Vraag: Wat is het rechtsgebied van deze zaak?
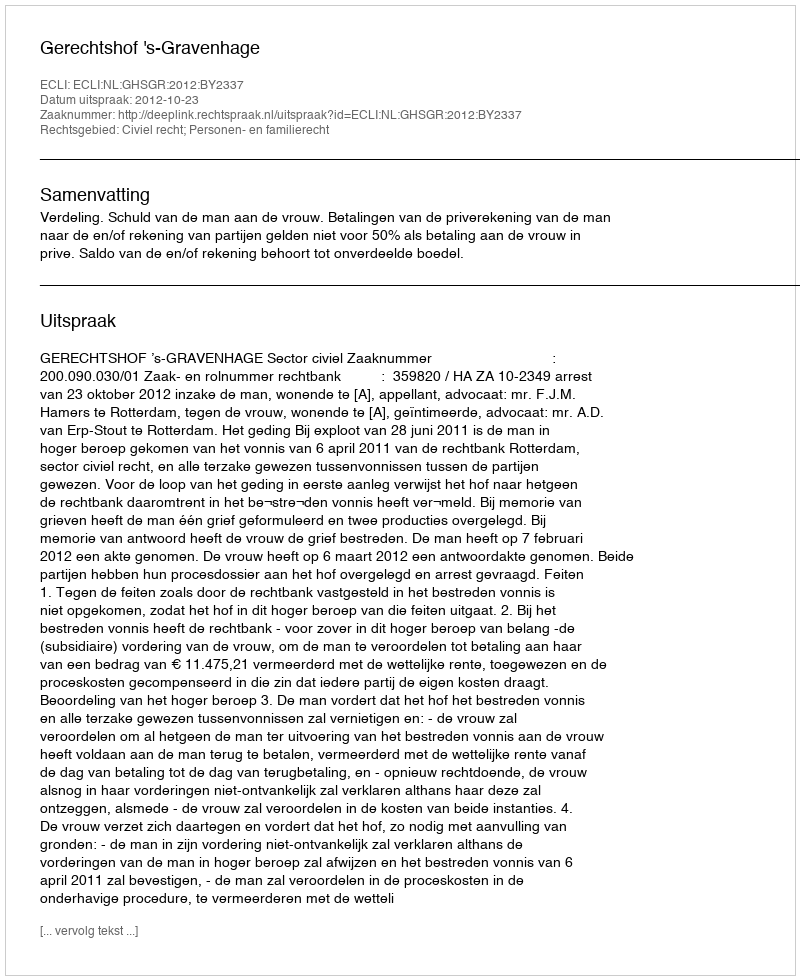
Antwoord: Civiel recht; Personen- en familierecht